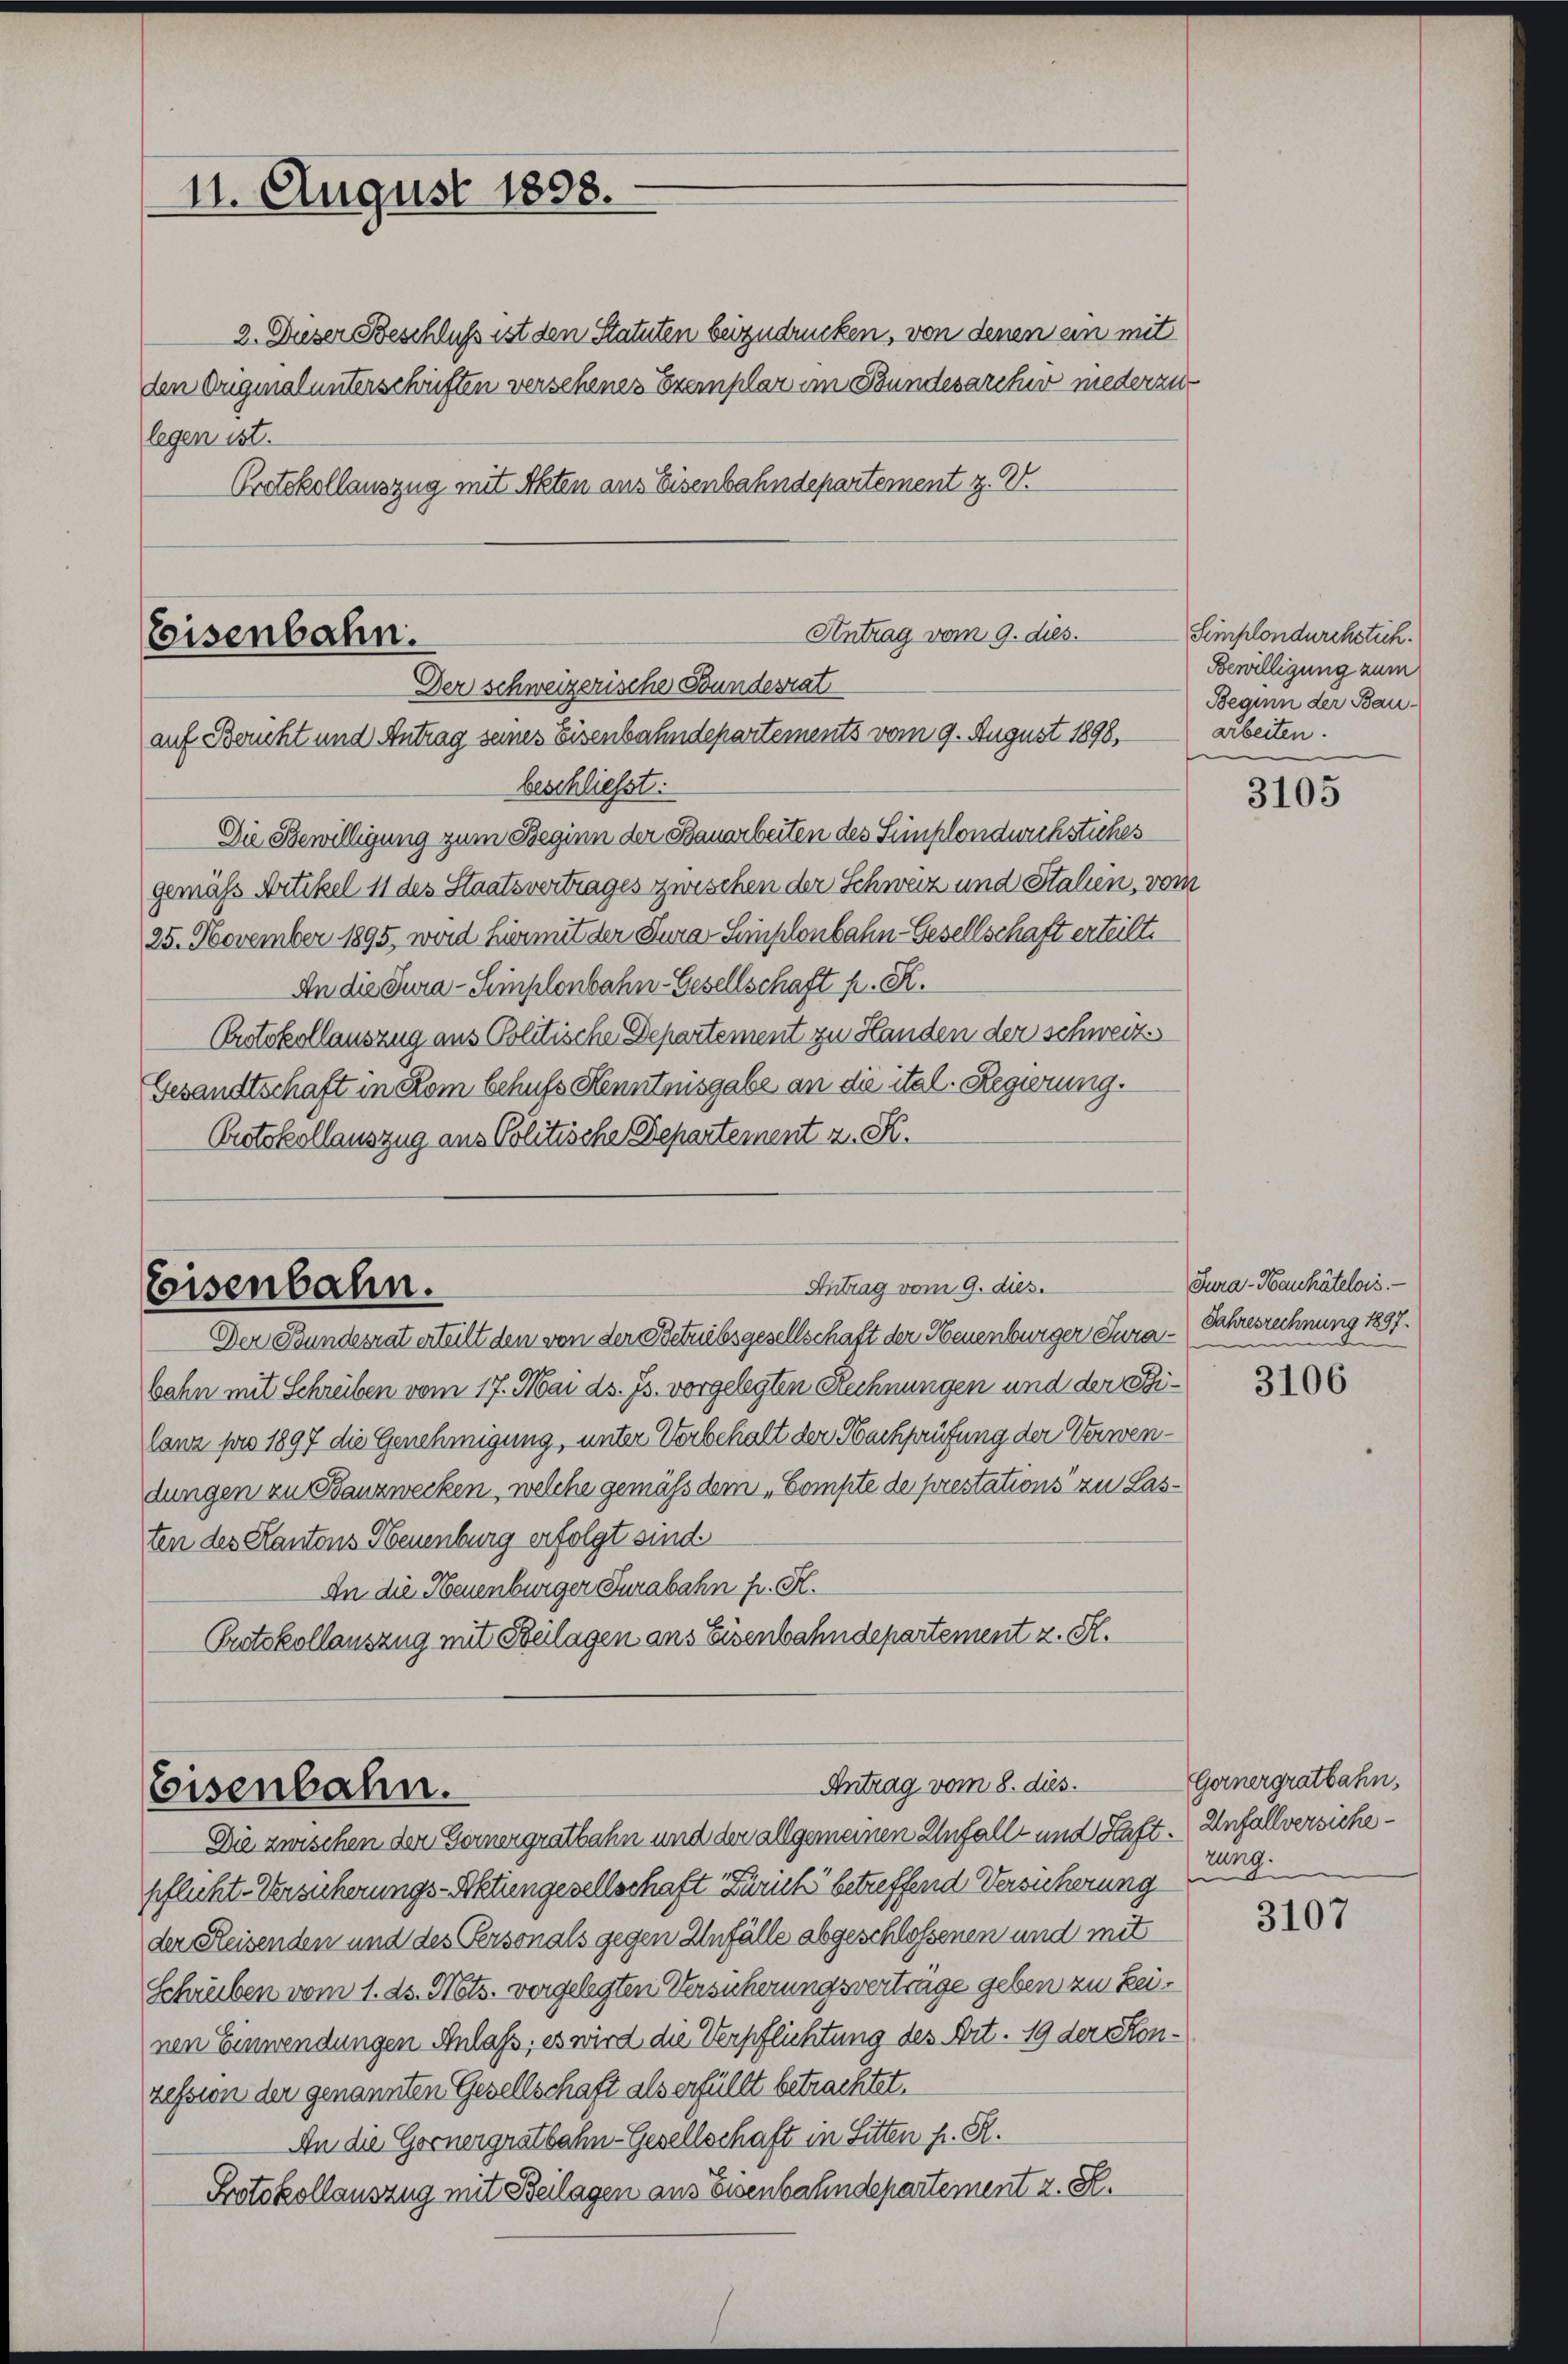
11. August 1898.

2. Dieser Beschluß ist den Statuten beizudrücken, von denen ein mit
den Originalunterschriften versehenes Exemplar im Stundesarcher niederzu
legen ist.
Protokollauszug mit Akten aus Eisenbahndepartement z. V.

Antrag vom 9. dies.
Eisenbahn.
Der schweizerische Stundesrat

Antrag vom 9. dies.
Eisenbahn.
Der Bundesrat erteilt den von der Betriebsgesellschaft der Neuenburger Jura - Jahresrechnung 1897.

auf Bericht und Antrag seines Eisenbahndepartements vom 9. August 1898,
beschließt:
Die Bewilligung zum Beginn der Bauarbeiten des Simplondwechstiches
gemäss Artikel 11 des Staatsvertrages zwischen der Schweiz und Stalien, vom
25. November 1895, word hiermit der Fura-Simplonbahn-Gesellschaft erteilt.
An die Jura - Semplenbahn-Gesellschaft p. K.
Protokollauszug aus Politische Departement zu Handen der schweiz.
Gesandtschaft in Rom behufs Kenntnisgabe an die ital. Regierung.
Protokollauszug aus Politische Departement z. K.

bahn mit Schreiben vom 17. Mai ds. Js. vorgelegten Rechnungen und der Sti¬
Canr pro 1897 die Genehmigung, unter Verbehalt der Nachprüfung der Verwendungen zu tanzwecken, welche gemäß dem „Compte de prestations zu Lasten des Kantons Neuenburg erfolgt sind
An die Neuenburger Turabahn h. K.
Protokollauszug mit Beilagen ans Eisenbahndepartement z. R.

Antrag vom 8. dies.
Eisenbahn.

Die zwischen der Gernergratbahn und der allgemeinen Unfall- und Haft. Anfallversichepflicht. Versicherungs-Aktiengesellschaft Zürich betreffend Versicherung
der Reisenden und des Personals gegen Unfälle abgeschlossenen und mit
Schreiben vom 1. ds. Mts. vorgelegten Versicherungsverträge geben zu keinen Einwendungen Anlass, es wird die Verpflichtung des Art. 19 der Konzession der genannten Gesellschaft als erfüllt betrachtet.
An die Goonergratbahn-Gesellschaft in Sitten h. R.
Protokollauszug mit Beilagen aus Eisenbahndepartement z. B.

Simplondurchstich.
Bewilligung zum
Beginn der Bauarbeiten.

3105

Tura-Hauhâtelois.
den

3106

Gernergratbahn,
zung.

3107